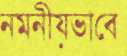
নমনীয়ভাবে